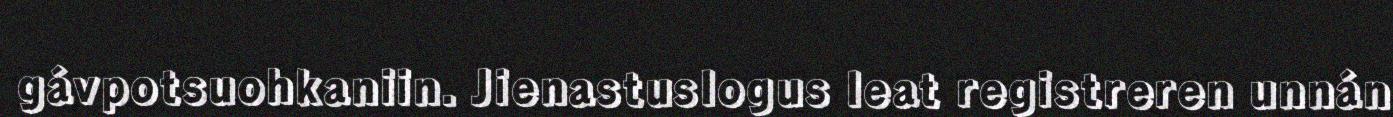
gávpotsuohkaniin. Jienastuslogus leat registreren unnán